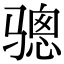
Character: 骢